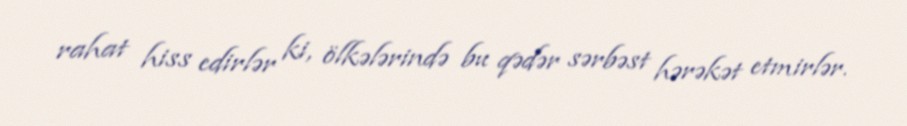
rahat hiss edirlər ki, ölkələrində bu qədər sərbəst hərəkət etmirlər.